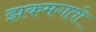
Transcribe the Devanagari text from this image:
झकमगतो